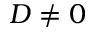
D \neq 0